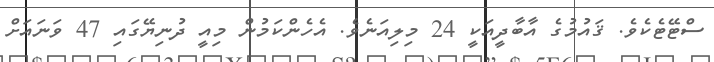
ސްޓޭޓެކެވެ. ޤައުމުގެ އާބާދީއަކީ 24 މިލިއަނެވެ. އެހެންކަމުން މިއީ ދުނިޔޭގައި 47 ވަނައަށް